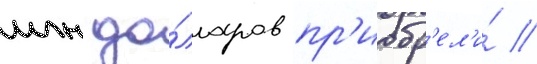
млн до́лларов пр'иобр'ел'и́ //